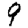
Digit: 9